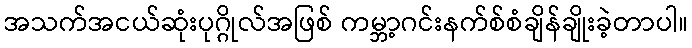
အသက်အငယ်ဆုံးပုဂ္ဂိုလ်အဖြစ် ကမ္ဘာ့ဂင်းနက်စ်စံချိန်ချိုးခဲ့တာပါ။